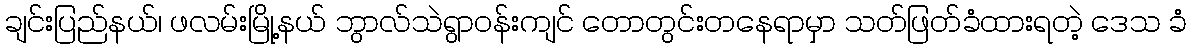
ချင်းပြည်နယ်၊ ဖလမ်းမြို့နယ် ဘွာလ်သဲရွာဝန်းကျင် တောတွင်းတနေရာမှာ သတ်ဖြတ်ခံထားရတဲ့ ဒေသ ခံ